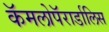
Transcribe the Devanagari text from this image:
कॅमलोपॅरार्डालिस